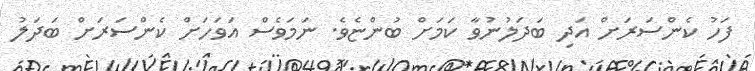
ފަހު ކެންސަރަށް އަދި ބަދަލުނުވާ ކަމަށް ބުންޏެވެ. ނަމަވެސް އަވަހަށް ކެންސަރަށް ބަދަލު